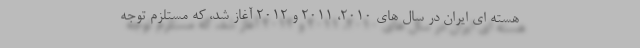
هسته ای ایران در سال های ۲۰۱۰، ۲۰۱۱ و ۲۰۱۲ آغاز شد، که مستلزم توجه